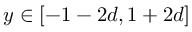
y \in [ - 1 - 2 d , 1 + 2 d ]